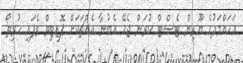
އަހައްމަދުގެ ޔޫރިން ޓެސްޓް ކުރަން ޖެހޭ އެބުނާ އެއްޗަކަށް ޕޮޒިޓިވް ވެފައި ހުރިތޯ